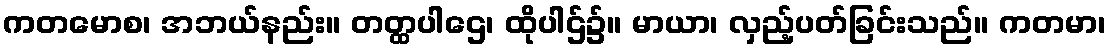
ကတမောစ၊ အဘယ်နည်း။ တတ္ထပါဌေ၊ ထိုပါဌ်၌။ မာယာ၊ လှည့်ပတ်ခြင်းသည်။ ကတမာ၊